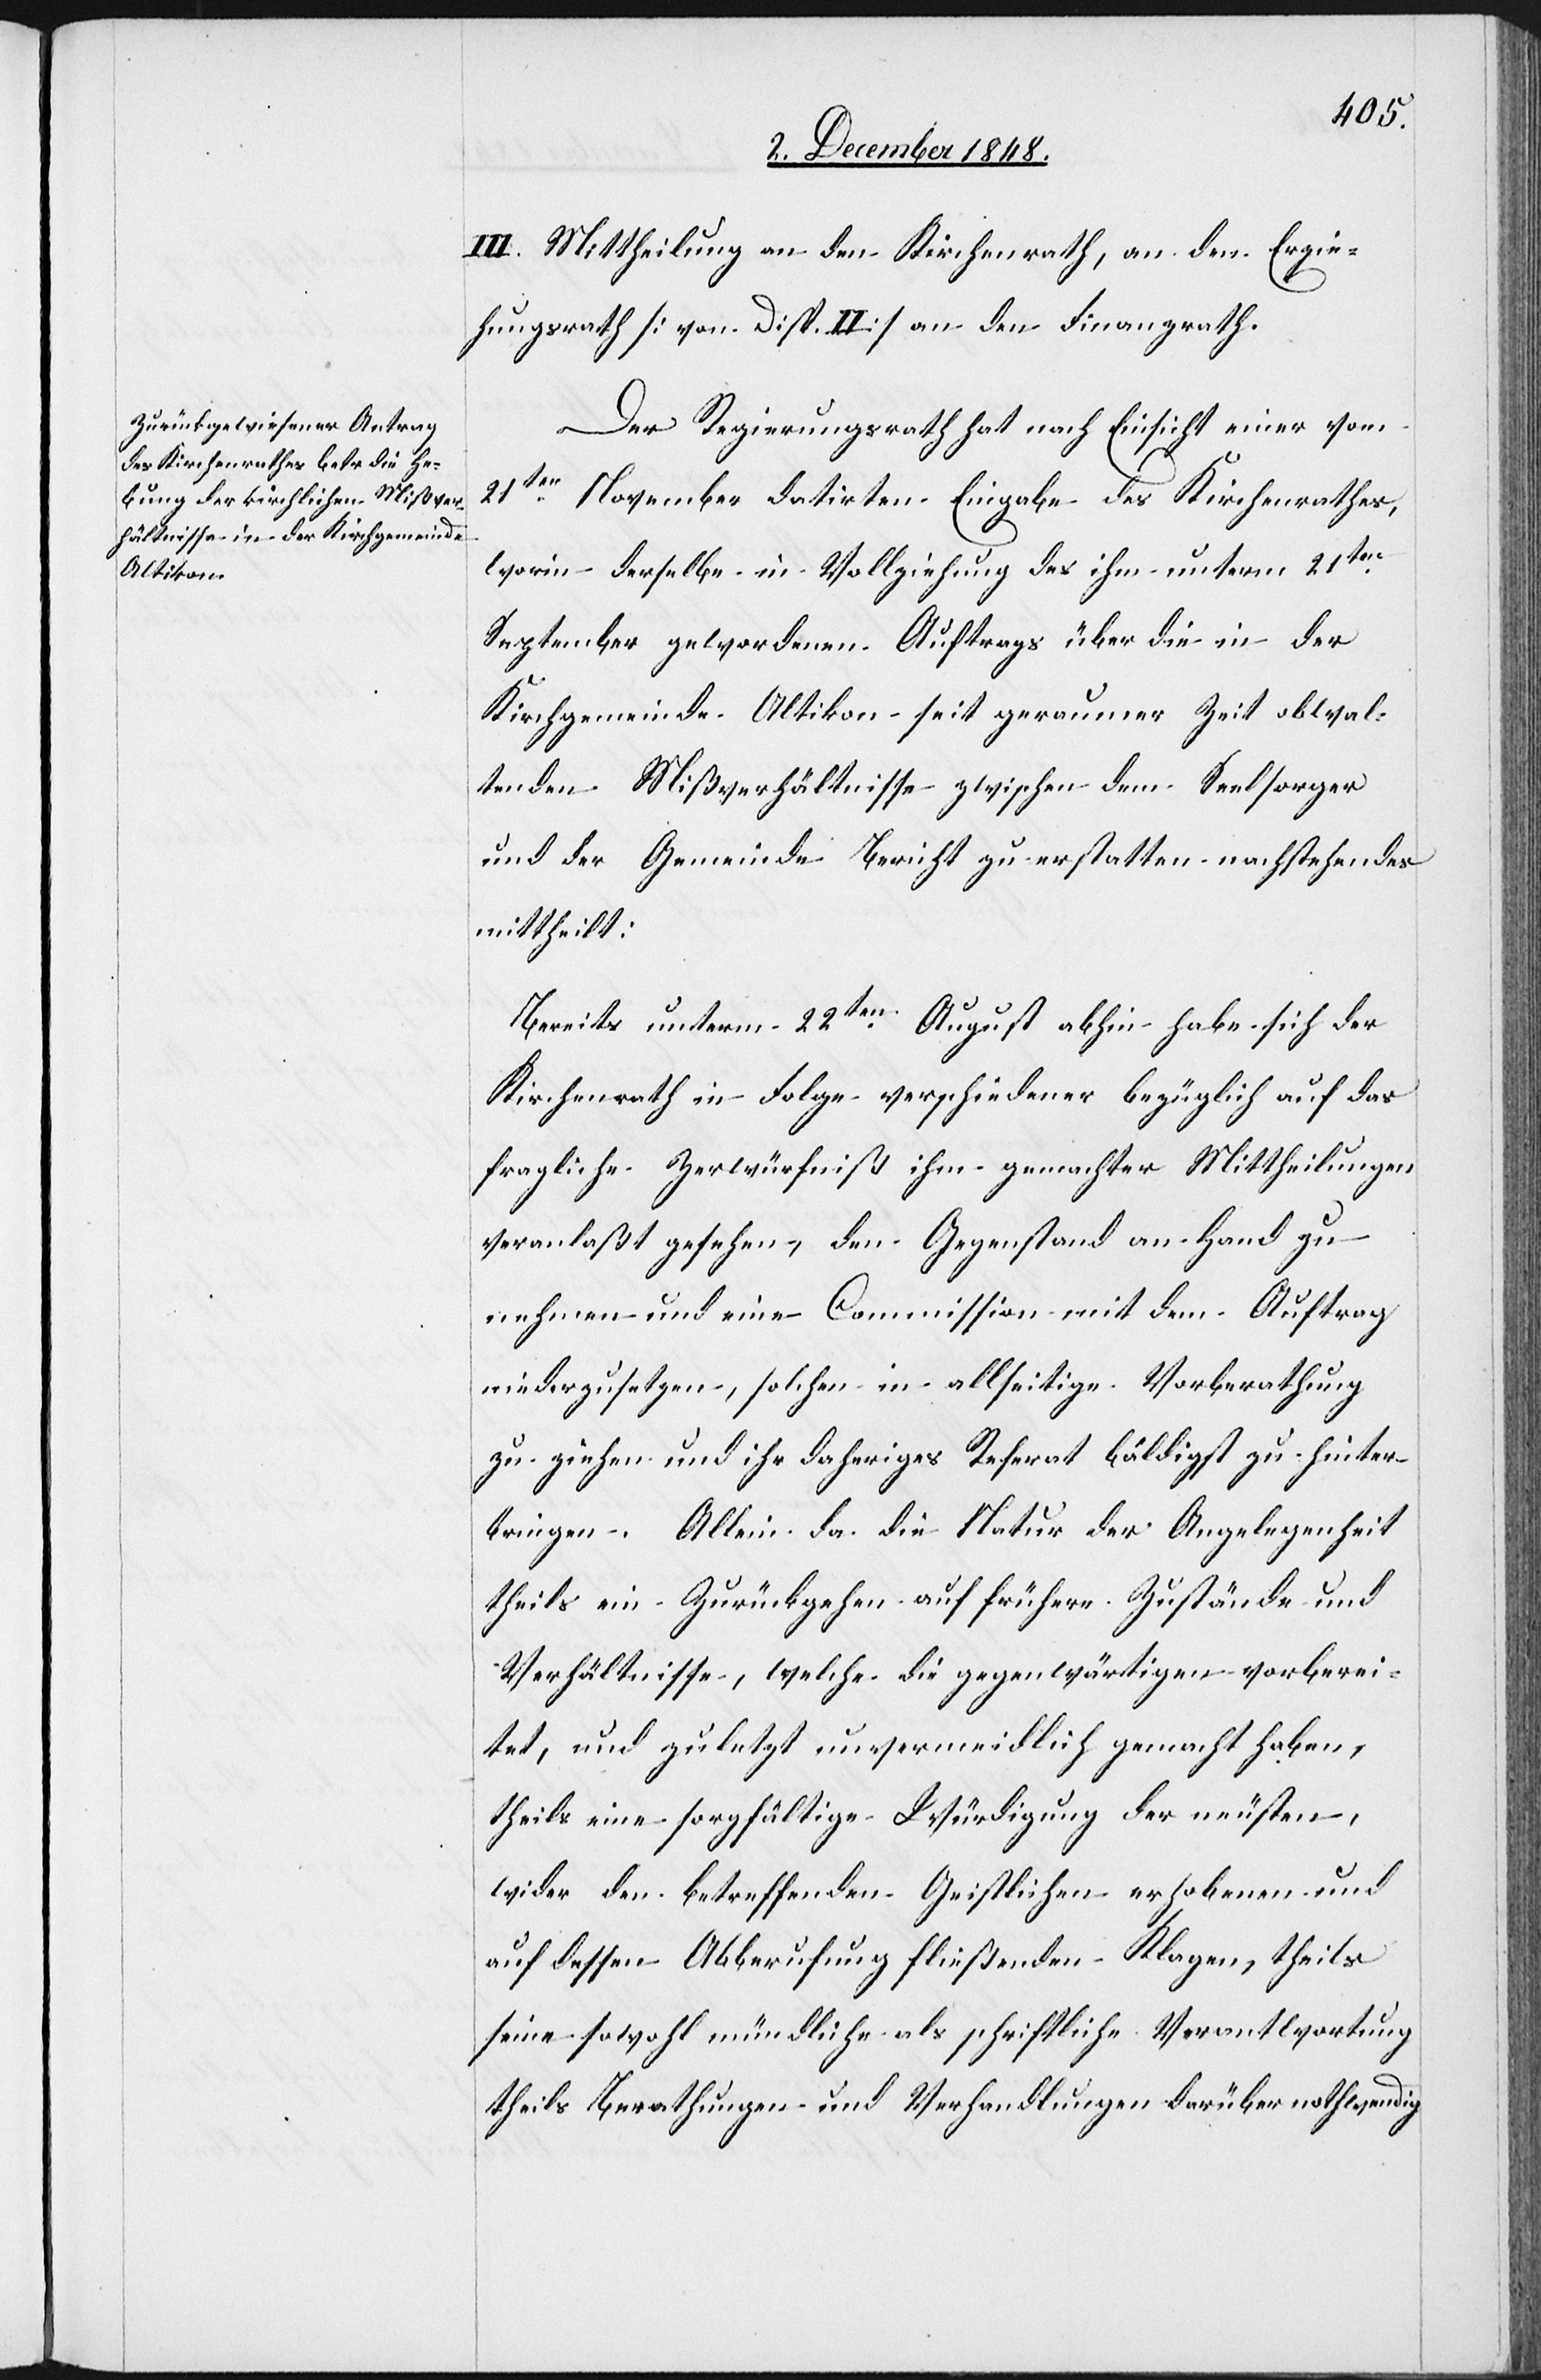
III. Mittheilung an den Kirchenrath, an den Erzie¬
hungsrath [von Disp. II] an den Finanzrath.
Der Regierungsrath hat nach Einsicht einer vom
21ten November datirten Eingabe des Kirchenrathes,
worin derselbe in Vollziehung des ihm unterm 21ten
September gewordenen Auftrags über die in der
Kirchgemeinde Altikon seit geraumer Zeit obwal¬
tenden Mißverhältnisse zwischen dem Seelsorger
und der Gemeinde Bericht zu erstatteten nachstehendes
mittheilt:
Bereits unterm 22ten August abhin habe sich der
Kirchenrath in Folge verschiedner bezüglich auf das
fragliche Zerwürfniß ihm gemachter Mittheilungen
veranlaßt gesehen, den Gegenstand an Hand zu
nehmen und eine Commission mit dem Auftrag
niederzusetzen, solchen in allseitige Vorberathung
zu ziehen und ihr daheriges Referat baldigst zu hinter¬
bringen. Allein da die Natur der Angelegenheit
theils ein Zurückgehen auf frühere Zustände und
Verhältnisse, welche die gegenwärtigen vorberei¬
tet, und zuletzt unvermeidlich gemacht haben,
theils eine sorgfältige Würdigung der neusten,
wider den betreffenden Geistlichen erhobenen und
auf dessen Abberufung fließenden Klagen, theils
seine sowohl mündliche als schriftliche Verantwortung
theils Berathungen und Verhandlungen darüber nothwendig